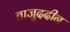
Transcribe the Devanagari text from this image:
ताजु्ददीन